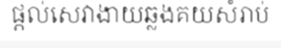
ផ្តល់សេវាងាយឆ្លងគយសំរាប់